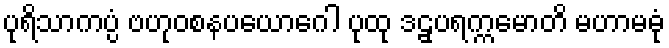
ပုရိသာကပ္ပံ ဗဟုဝစနပယောဂေါ ပုထု ဒဠှပရက္ကမောတိ မဟာမဓုံ